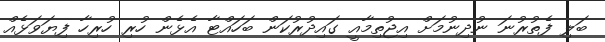
ބަލި ފެތުރުނަ ނުދިނުމަށް އިޖުތިމާއީ ގައިދުރުކަން ބަހައްޓާ އެޅެން ހުރި ހުރިހާ ފިޔަވަޅެއް